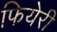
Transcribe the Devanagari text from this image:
फियेरी